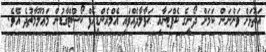
އަތޮޅަށް ވަންނަން ކަމަށް ދޯނީގެ ކެޕްޓަނާއި ޙަވާލާދެއްވައި އެމްއެންޑީއެފް ކޯސްޓްގާޑުން މަޢުލޫމާތުދެ އެވެ.